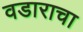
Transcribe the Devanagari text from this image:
वडाराचा